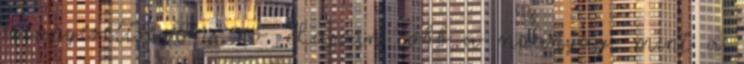
szennyezettsége is nő. Lassan több a műanyag, mint a